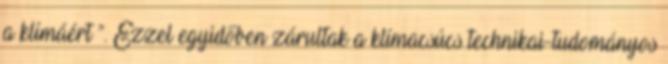
a klímáért ”. Ezzel egyidőben zárultak a klímacsúcs technikai-tudományos